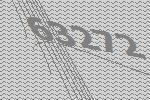
63272